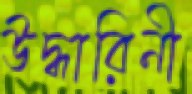
উদ্ধারিনী